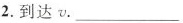
2.到达v.___